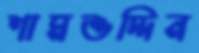
শামশুদ্দিন